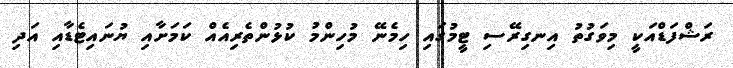
ރަޝްފަޑްއަކީ މިވަގުތު އިނގިރޭސި ޓީމުގައި ހިމެނޭ މުހިންމު ކުޅުންތެރިއެއް ކަމަށާއި ޔުނައިޓެޑާއި އަދި